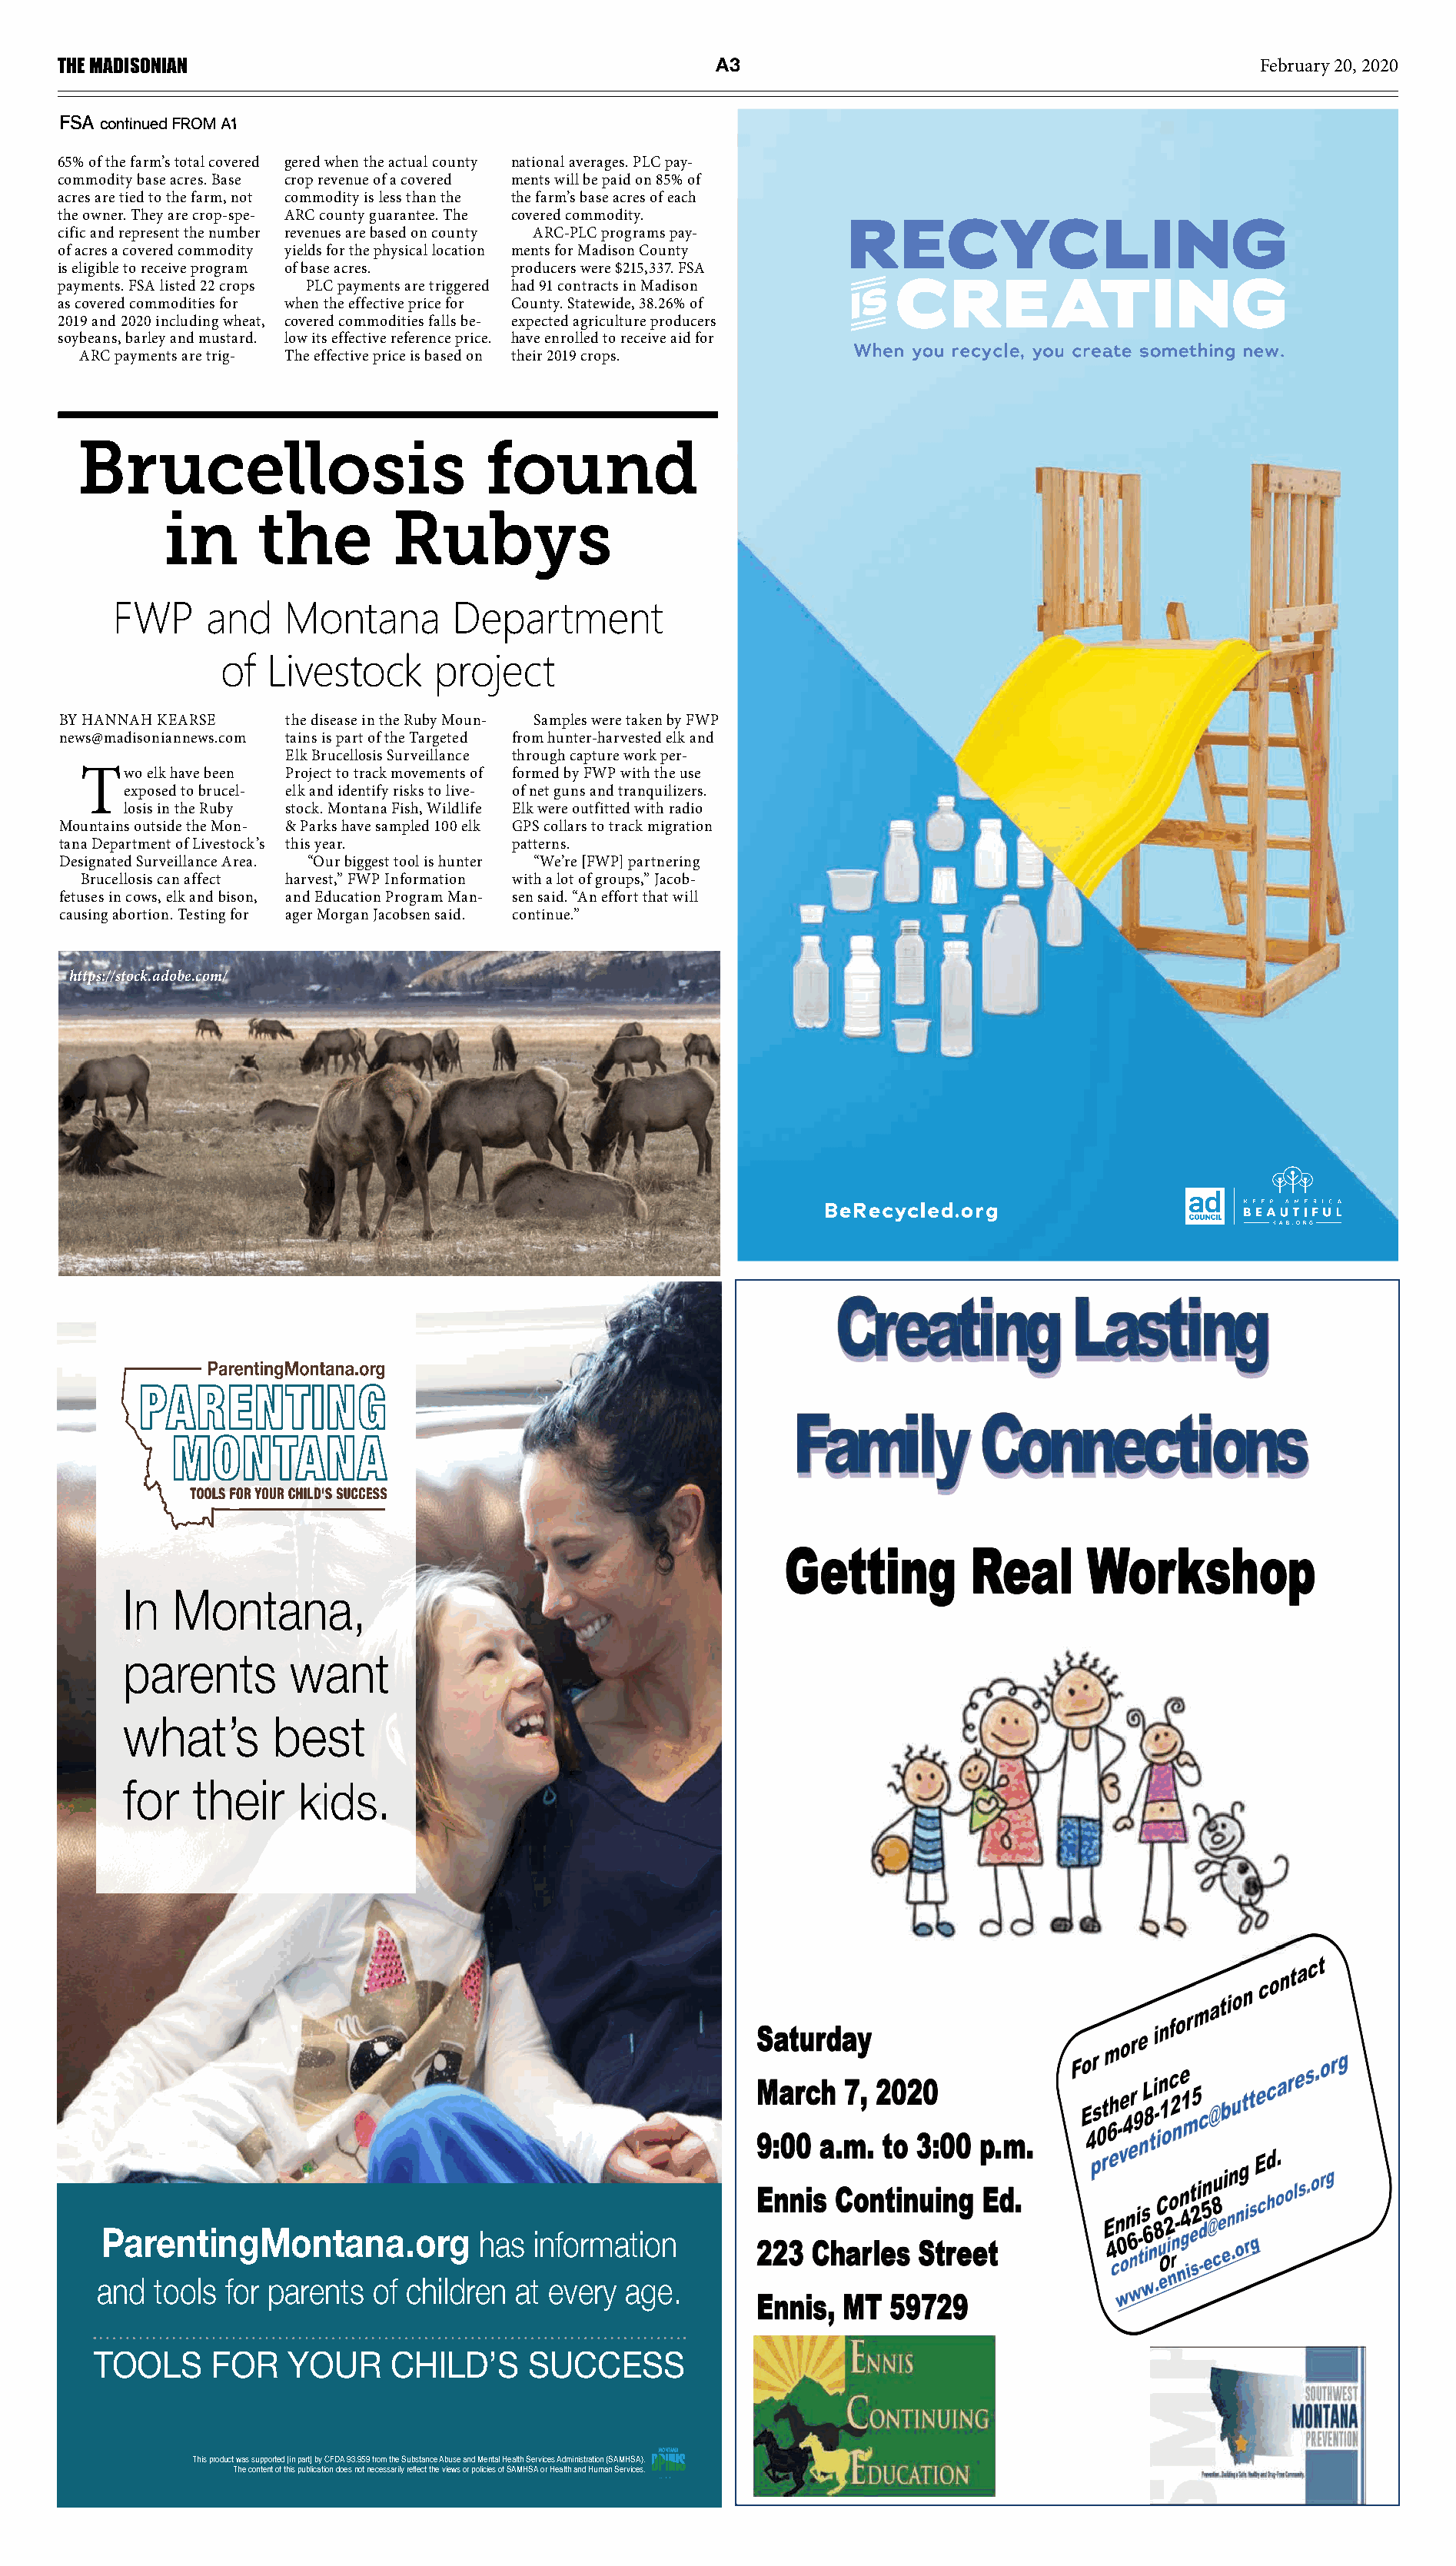
THE MADISONIAN                                           A3                                             February 20, 2020
 FSA continued FROM A1
 65% of the farm’s total covered gered when the actual county national averages. PLC pay-
 commodity base acres. Base crop revenue of a covered ments will be paid on 85% of
 acres are tied to the farm, not commodity is less than the the farm’s base acres of each
 the owner. They are crop-spe- ARC county guarantee. The covered commodity.
 cific and represent the number revenues are based on county ARC-PLC programs pay-
 of acres a covered commodity yields for the physical location ments for Madison County
 is eligible to receive program of base acres. producers were $215,337. FSA
 payments. FSA listed 22 crops PLC payments are triggered had 91 contracts in Madison
 as covered commodities for when the effective price for County. Statewide, 38.26% of
 2019 and 2020 including wheat, covered commodities falls be- expected agriculture producers
 soybeans, barley and mustard. low its effective reference price. have enrolled to receive aid for
 ARC payments are trig- The effective price is based on their 2019 crops.
 Brucellosis                        found
 in      the         Rubys
 FWP     and   Montana        Department
 of  Livestock     project
 BY HANNAH KEARSE    the disease in the Ruby Moun- Samples were taken by FWP
 news@madisoniannews.com tains is part of the Targeted from hunter-harvested elk and
 Elk Brucellosis Surveillance through capture work per-
 Two   elk have been Project to track movements of formed by FWP with the use
 exposed to brucel- elk and identify risks to live- of net guns and tranquilizers.
 losis in the Ruby stock. Montana Fish, Wildlife Elk were outfitted with radio
 Mountains outside the Mon- & Parks have sampled 100 elk GPS collars to track migration
 tana Department of Livestock’s this year. patterns.
 Designated Surveillance Area. “Our biggest tool is hunter “We’re [FWP] partnering
 Brucellosis can affect harvest,” FWP Information with a lot of groups,” Jacob-
 fetuses in cows, elk and bison, and Education Program Man- sen said. “An effort that will
 causing abortion. Testing for ager Morgan Jacobsen said. continue.”
 https://stock.adobe.com/
 In  Montana,
 parents       want
 what’s      best
 for   their    kids.
 ParentingMontana.org            has  information
 and  tools for parents  of children at every  age.
 TOOLS     FOR    YOUR     CHILD’S     SUCCESS
 This product was supported [in part] by CFDA 93.959 from the Substance Abuse and Mental Health Services Administration (SAMHSA).
 The content of this publication does not necessarily reflect the views or policies of SAMHSA or Health and Human Services.